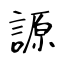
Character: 謜